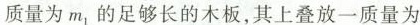
质量为m_{ 1}的足够长的木板，其上叠放一质量为